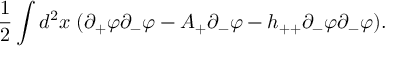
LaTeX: \frac { 1 } { 2 } \int d ^ { 2 } x \; ( \partial _ { + } \varphi \partial _ { - } \varphi - A _ { + } \partial _ { - } \varphi - h _ { + + } \partial _ { - } \varphi \partial _ { - } \varphi ) .